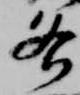
各